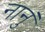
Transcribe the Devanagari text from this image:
नानुं